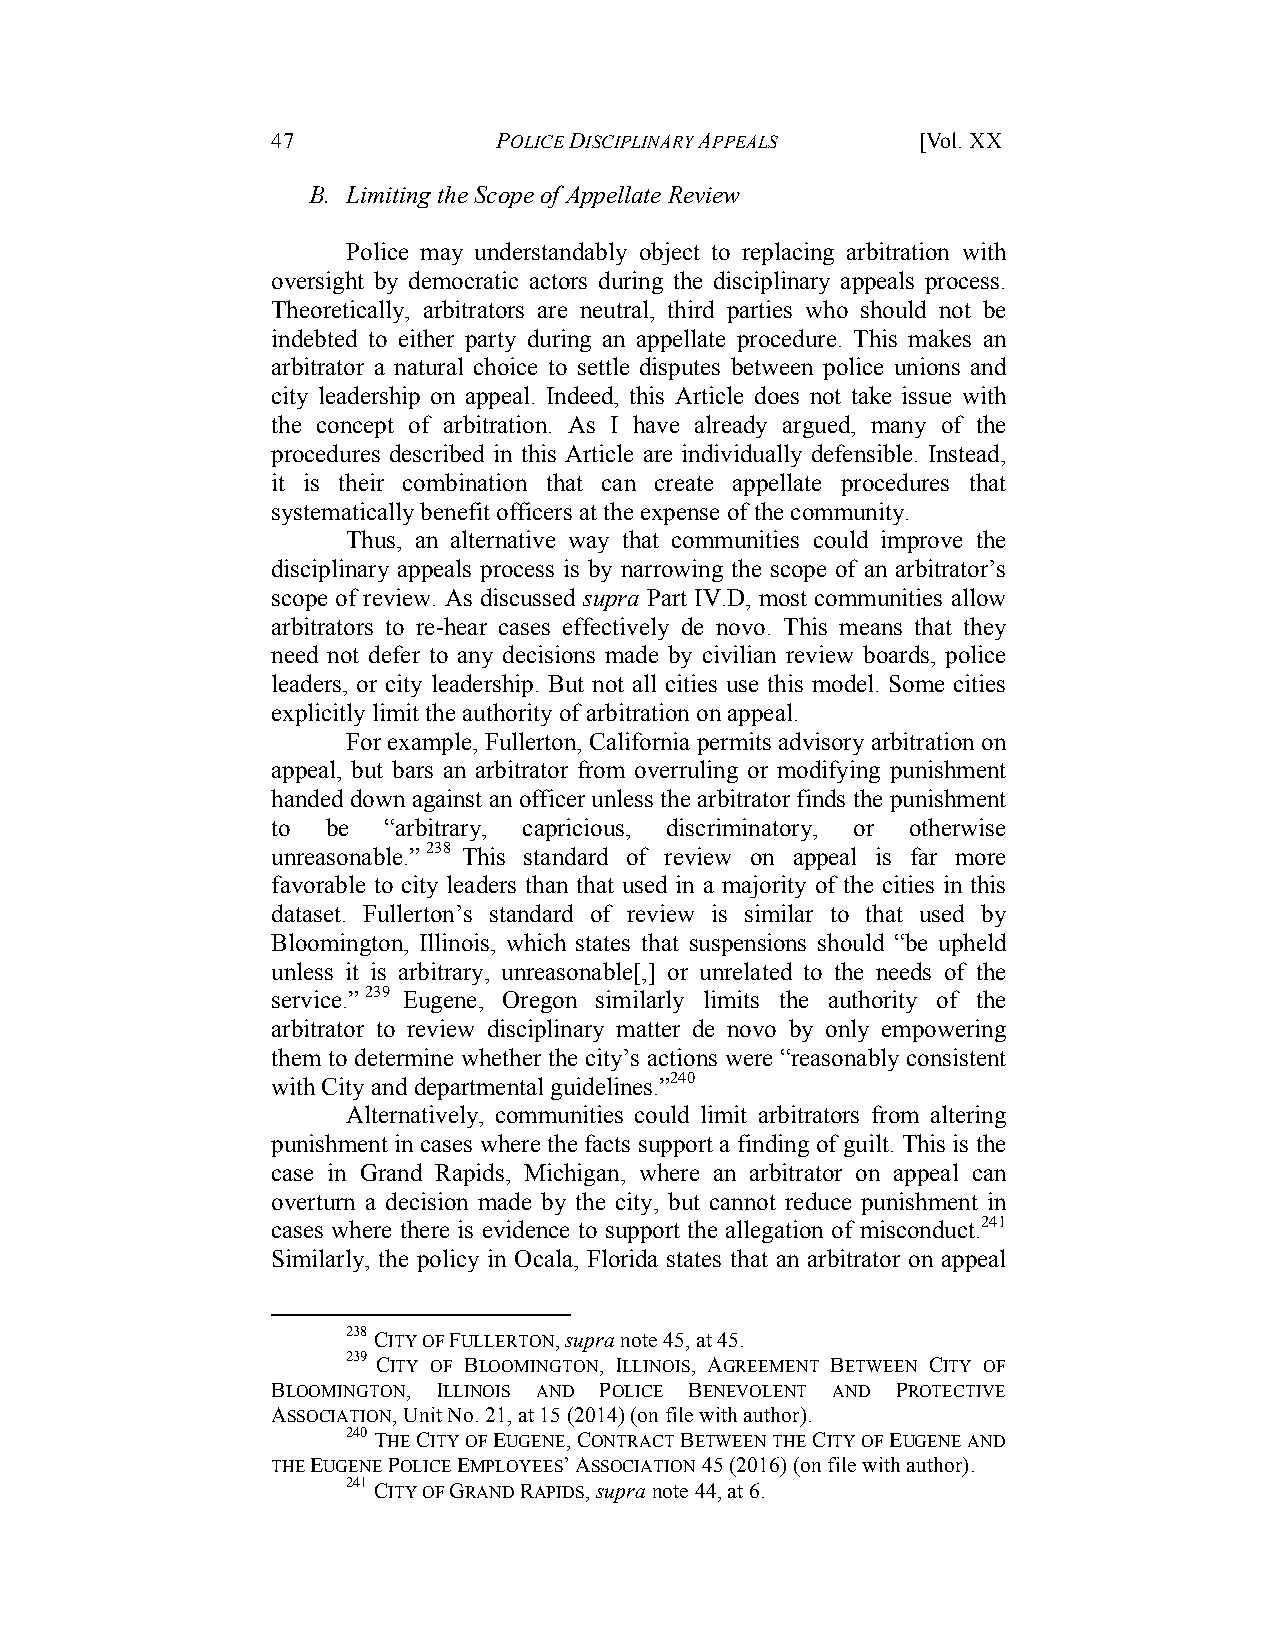
47             POLICE DISCIPLINARY APPEALS [Vol. XX
 B. Limiting the Scope of Appellate Review
 Police may understandably object to replacing arbitration with
 oversight by democratic actors during the disciplinary appeals process.
 Theoretically, arbitrators are neutral, third parties who should not be
 indebted to either party during an appellate procedure. This makes an
 arbitrator a natural choice to settle disputes between police unions and
 city leadership on appeal. Indeed, this Article does not take issue with
 the concept of arbitration. As I have already argued, many of the
 procedures described in this Article are individually defensible. Instead,
 it is their combination that can create appellate procedures that
 systematically benefit officers at the expense of the community.
 Thus, an alternative way that communities could improve the
 disciplinary appeals process is by narrowing the scope of an arbitrator’s
 scope of review. As discussed supra Part IV.D, most communities allow
 arbitrators to re-hear cases effectively de novo. This means that they
 need not defer to any decisions made by civilian review boards, police
 leaders, or city leadership. But not all cities use this model. Some cities
 explicitly limit the authority of arbitration on appeal.
 For example, Fullerton, California permits advisory arbitration on
 appeal, but bars an arbitrator from overruling or modifying punishment
 handed down against an officer unless the arbitrator finds the punishment
 to  be “arbitrary, capricious, discriminatory, or otherwise
 unreasonable.”238 This standard of review on appeal is far more
 favorable to city leaders than that used in a majority of the cities in this
 dataset. Fullerton’s standard of review is similar to that used by
 Bloomington, Illinois, which states that suspensions should “be upheld
 unless it is arbitrary, unreasonable[,] or unrelated to the needs of the
 service.”239 Eugene, Oregon similarly limits the authority of the
 arbitrator to review disciplinary matter de novo by only empowering
 them to determine whether the city’s actions were “reasonably consistent
 with City and departmental guidelines.”240
 Alternatively, communities could limit arbitrators from altering
 punishment in cases where the facts support a finding of guilt. This is the
 case in Grand Rapids, Michigan, where an arbitrator on appeal can
 overturn a decision made by the city, but cannot reduce punishment in
 cases where there is evidence to support the allegation of misconduct.241
 Similarly, the policy in Ocala, Florida states that an arbitrator on appeal
 238 CITY OF FULLERTON, supra note 45, at 45.
 239 CITY OF BLOOMINGTON, ILLINOIS, AGREEMENT BETWEEN CITY OF
 BLOOMINGTON, ILLINOIS AND POLICE BENEVOLENT AND PROTECTIVE
 ASSOCIATION, Unit No. 21, at 15 (2014) (on file with author).
 240 THE CITY OF EUGENE, CONTRACT BETWEEN THE CITY OF EUGENE AND
 THE EUGENE POLICE EMPLOYEES’ ASSOCIATION 45 (2016) (on file with author).
 241 CITY OF GRAND RAPIDS, supra note 44, at 6.